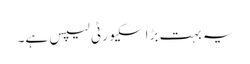
یہ بہت بڑا سکیورٹی لیپس ہے۔